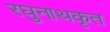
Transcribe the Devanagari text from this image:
रघुनाथकृत